Scottish Leaving Certificate Examination, 1953
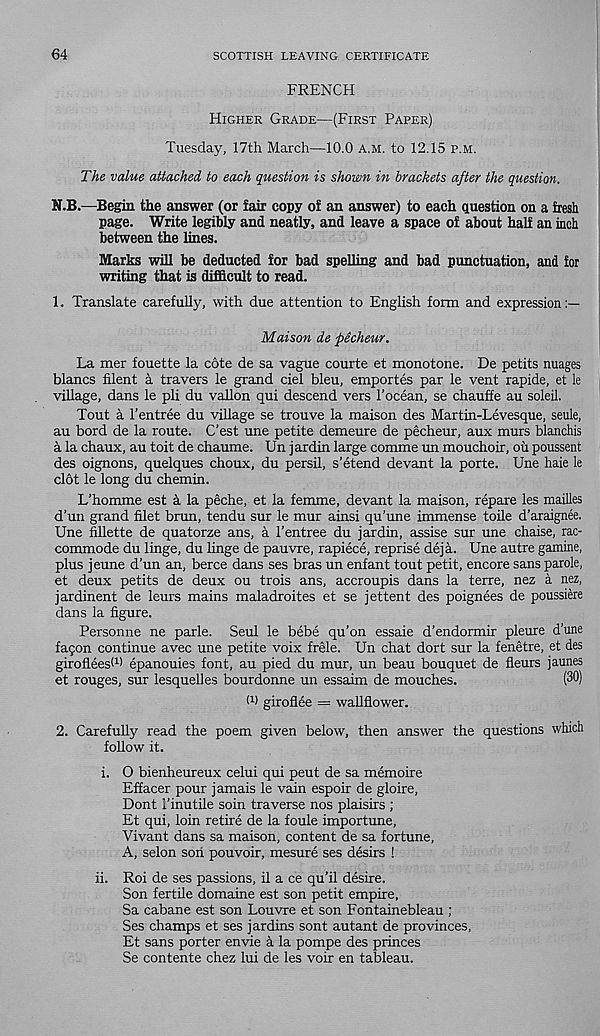
64
SCOTTISH LEAVING CERTIFICATE
FRENCH
Higher Grade—(First Paper)
Tuesday, 17th March—10.0 a.m. to 12.15 p.m.
The value attached to each question is shown in brackets after the question.
N.B.—Begin the answer (or fair copy of an answer) to each question on a fresh
page. Write legibly and neatly, and leave a space of about half an inch
between the lines.
Marks will be deducted for bad spelling and bad punctuation, and for
writing that is difficult to read.
1. Translate carefully, with due attention to English form and expression:—
Maison de pecheur.
La mer fouette la cote de sa vague courte et monotone. De petits nuages
blancs filent a travers le grand ciel bleu, emportes par le vent rapide, et le
village, dans le pli du vallon qui descend vers 1’ocean, se chauffe au soleil.
Tout a 1’entree du village se trouve la maison des Martin-Levesque, seule,
au bord de la route. C’est une petite demeure de pecheur, aux murs blanchis
a la chaux, au toit de chaume. Un jardin large comme un mouchoir, oil poussent
des oignons, quelques choux, du persil, s’etend devant la porte. Une hale le
cl6t le long du chemin.
L’homme est h la peche, et la femme, devant la maison, repare les mailles
d’un grand filet brun, tendu sur le mur ainsi qu’une immense toile d’araignee.
Une fillette de quatorze ans, a 1’entree du jardin, assise sur une chaise, rac-
commode du linge, du linge de pauvre, rapiece, reprise deja. Une autre gamine,
plus jeune d’un an, berce dans ses bras un enfant tout petit, encore sans parole,
et deux petits de deux ou trois ans, accroupis dans la terre, nez a nez,
jardinent de leurs mains maladroites et se jettent des poignees de poussiere
dans la figure.
Personne ne parle. Seul le bebe qu’on essaie d’endormir pleure d’une
fapon continue avec une petite voix frele. Un chat dort sur la fenetre, et des
girofleesF) epanouies font, au pied du mur, un beau bouquet de fleurs jaunes
et rouges, sur lesquelles bourdonne un essaim de mouches.
(30)
W giroflee = wallflower.
2. Carefully read the poem given below, then answer the questions which
follow it.
i. O bienheureux celui qui peut de sa memoire
Effacer pour jamais le vain espoir de gloire,
Dont i’inutile soin traverse nos plaisirs ;
Et qui, loin retire de la foule importune,
Vivant dans sa maison, content de sa fortune,
A, selon son pouvoir, mesure ses desks !
ii. Roi de ses passions, il a ce qu’il desire.
Son fertile domaine est son petit empire,
Sa cabane est son Louvre et son Fontainebleau ;
Ses champs et ses jardins sont autant de provinces,
Et sans porter envie a la pompe des princes
Se contente chez lui de les voir en tableau.